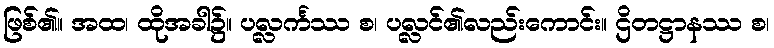
ဖြစ်၏။ အထ၊ ထိုအခါ၌။ ပလ္လင်္ကဿ စ၊ ပလ္လင်၏လည်းကောင်း။ ဌိတဋ္ဌာနဿ စ၊